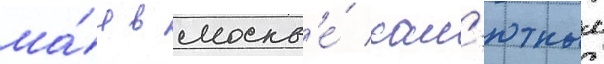
ма́я в москв'е́ сал'ютным